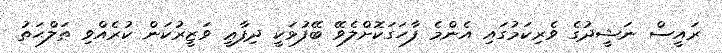
ރައީސް ނަޝީދުގެ ވެރިކަމުގައި އެންމެ ފާހަގަކޮށްލެވޭ ބޭފުޅަކީ ދިފާޢީ ވަޒީރުކަން ކުރެއްވި ޠަލްޙަތު